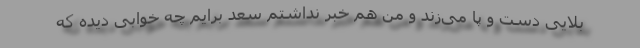
بلایی دست و پا می‌زند و من هم خبر نداشتم سعد برایم چه خوابی دیده که